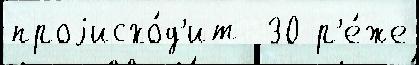
проjисхо́д'ит  30 р'е́же